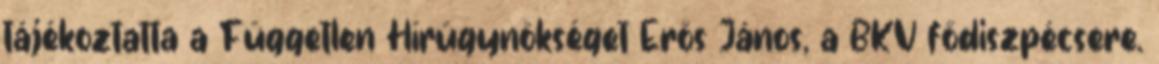
tájékoztatta a Független Hírügynökséget Erős János, a BKV fődiszpécsere.